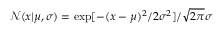
\mathcal { N } ( x | \mu , \sigma ) = \exp [ - ( x - \mu ) ^ { 2 } / 2 \sigma ^ { 2 } ] / \sqrt { 2 \pi } \sigma